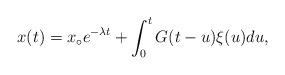
LaTeX: \begin{align*} x(t)=x_\circ e^{-\lambda{t}} + \int_0^t G(t-u)\xi(u)du,\end{align*}